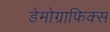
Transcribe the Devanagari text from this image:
डेमोग्राफिक्स